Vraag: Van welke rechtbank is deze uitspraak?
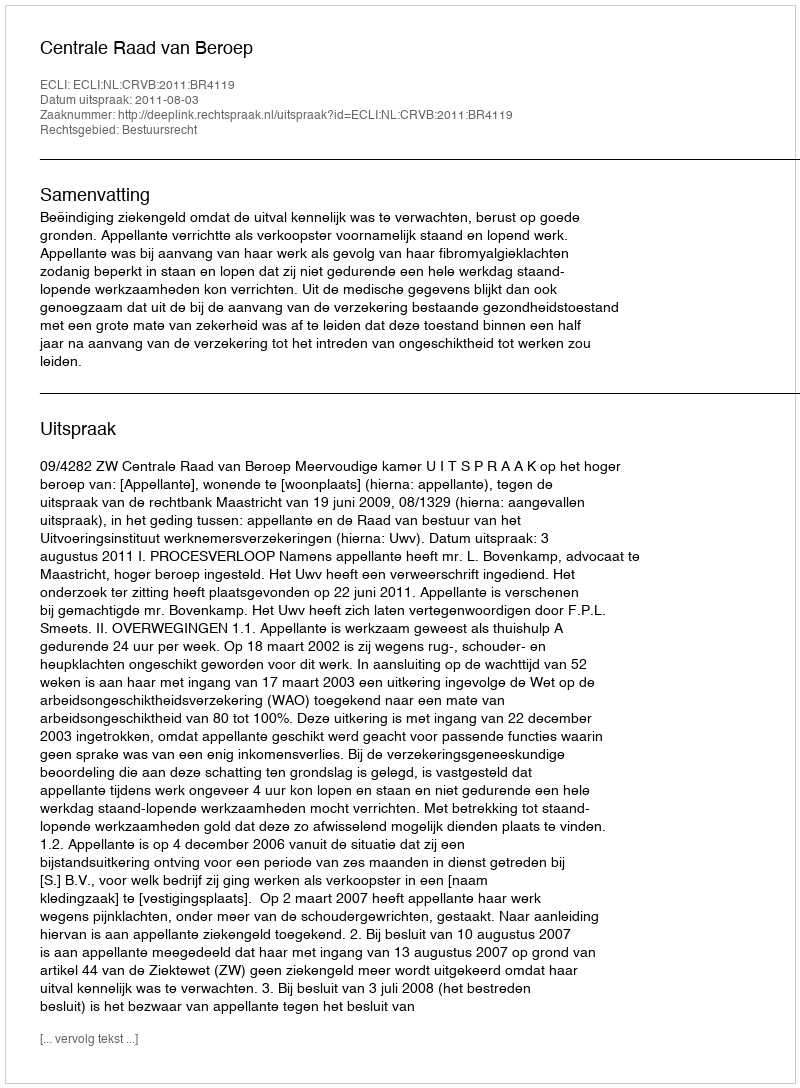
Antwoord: Centrale Raad van Beroep